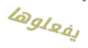
يفعلوها